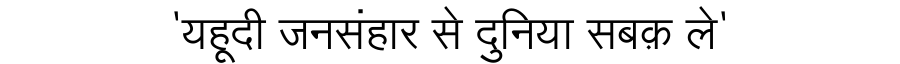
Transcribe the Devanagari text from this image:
'यहूदी जनसंहार से दुनिया सबक़ ले'